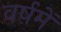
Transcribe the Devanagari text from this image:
वर्षमें